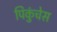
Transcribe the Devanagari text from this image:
पिकुंचेस